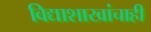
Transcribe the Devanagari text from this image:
विद्याशाखांचाही